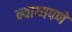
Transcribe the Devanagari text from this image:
न्याय्यपणे